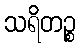
သရိတဉ္စ